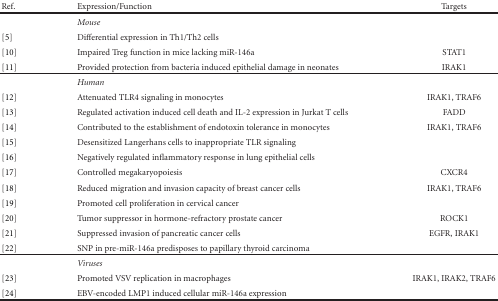
<table><thead><tr><td><b>Ref.</b></td><td><b>Expression/Function</b></td><td><b>Targets</b></td></tr></thead><tbody><tr><td></td><td><i>Mouse</i></td><td></td></tr><tr><td>[5]</td><td>Differential expression in Th1/Th2 cells</td><td></td></tr><tr><td>[10]</td><td>Impaired Treg function in mice lacking miR-146a</td><td>STAT1</td></tr><tr><td>[11]</td><td>Provided protection from bacteria induced epithelial damage in neonates</td><td>IRAK1</td></tr><tr><td></td><td><i>Human</i></td><td></td></tr><tr><td>[12]</td><td>Attenuated TLR4 signaling in monocytes</td><td>IRAK1, TRAF6</td></tr><tr><td>[13]</td><td>Regulated activation induced cell death and IL-2 expression in Jurkat T cells</td><td>FADD</td></tr><tr><td>[14]</td><td>Contributed to the establishment of endotoxin tolerance in monocytes</td><td>IRAK1, TRAF6</td></tr><tr><td>[15]</td><td>Desensitized Langerhans cells to inappropriate TLR signaling</td><td></td></tr><tr><td>[16]</td><td>Negatively regulated inflammatory response in lung epithelial cells</td><td></td></tr><tr><td>[17]</td><td>Controlled megakaryopoiesis</td><td>CXCR4</td></tr><tr><td>[18]</td><td>Reduced migration and invasion capacity of breast cancer cells</td><td>IRAK1, TRAF6</td></tr><tr><td>[19]</td><td>Promoted cell proliferation in cervical cancer</td><td></td></tr><tr><td> [20]</td><td>Tumor suppressor in hormone-refractory prostate cancer</td><td>ROCK1</td></tr><tr><td>[21]</td><td>Suppressed invasion of pancreatic cancer cells</td><td>EGFR, IRAK1</td></tr><tr><td>[22]</td><td>SNP in pre-miR-146a predisposes to papillary thyroid carcinoma</td><td></td></tr><tr><td></td><td><i>Viruses</i></td><td></td></tr><tr><td>[23]</td><td>Promoted VSV replication in macrophages</td><td>IRAK1, IRAK2, TRAF6</td></tr><tr><td>[24]</td><td>EBV-encoded LMP1 induced cellular miR-146a expression</td><td></td></tr></tbody></table>